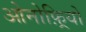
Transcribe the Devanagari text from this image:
ओनोफ़्रियो